Leaving Certificate Examination (including Day School Certificate (Higher) General paper), 1926
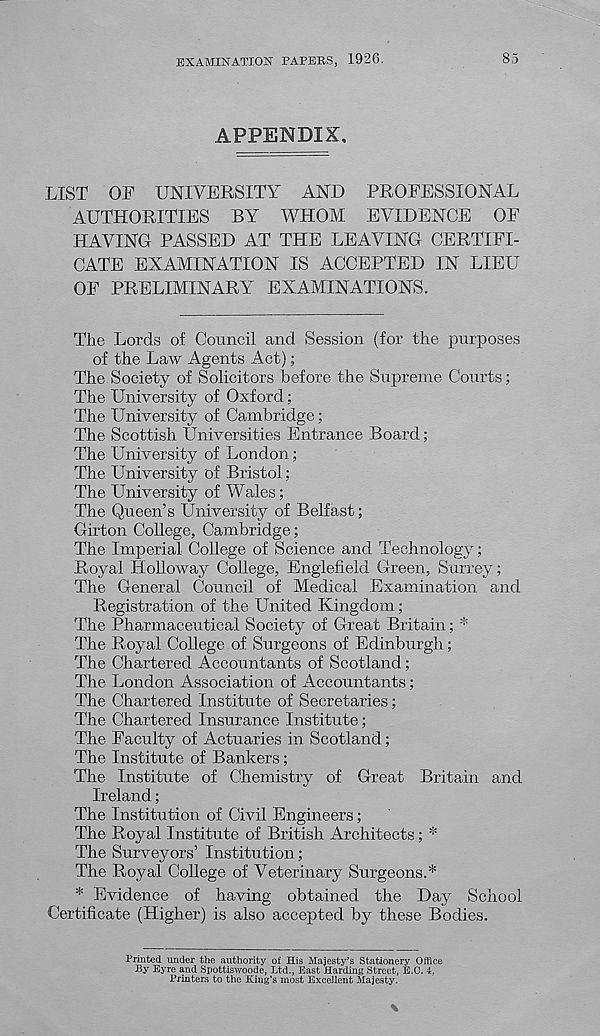
EXAMINATION PAPERS, 1926.
85
APPENDIX,
LIST OF UNIVERSITY AND PROFESSIONAL
AUTHORITIES BY WHOM EVIDENCE OF
HAVING PASSED AT THE LEAVING CERTIFI-
CATE EXAMINATION IS ACCEPTED IN LIEU
OF PRELIMINARY EXAMINATIONS.
The Lords of Council and Session (for the purposes
of the Law Agents Act);
The Society of Solicitors before the Supreme Courts;
The University of Oxford;
The University of Cambridge;
The Scottish Universities Entrance Board;
The University of London;
The University of Bristol;
The University of Wales;
The Queen’s University of Belfast;
Girton College, Cambridge;
The Imperial College of Science and Technology;
Royal Holloway College, Englefield Green, Surrey;
The General Council of Medical Examination and
Registration of the United Kingdom;
The Pharmaceutical Society of Great Britain; *
The Royal College of Surgeons of Edinburgh;
The Chartered Accountants of Scotland;
The London Association of Accountants;
The Chartered Institute of Secretaries;
The Chartered Insurance Institute;
The Faculty of Actuaries in Scotland;
The Institute of Bankers;
The Institute of Chemistry of Great Britain and
Ireland;
The Institution of Civil Engineers;
The Royal Institute of British Architects; *
The Surveyors’ Institution;
The Royal College of Veterinary Surgeons.*
* Evidence of having obtained the Day School
Certificate (Higher) is also accepted by these Bodies.
Printed under the authority of His Majesty’s Stationery Office
By Eyre and Spottiswoode, Ltd., East Harding Street, E.C. 4.
Printers to the King’s most Excellent Majesty.